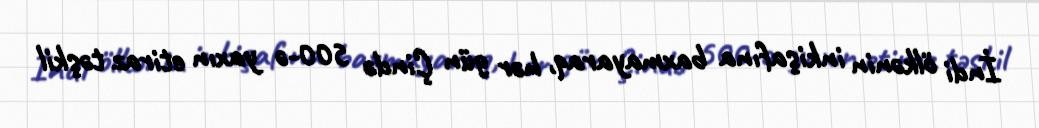
İndi ölkənin inkişafına baxmayaraq, hər gün Çində 500-ə yaxın etiraz təşkil